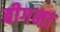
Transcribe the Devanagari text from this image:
बीगना